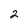
Character: 2